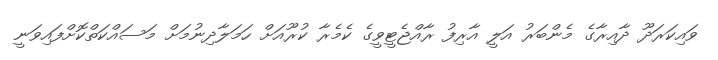
ވައިކަރަދޫ ދާއިރާގެ މެންބަރު އަލީ އާރިފު ރާއްޖެޓީވީގެ ކެމެރާ ކުރޫއަށް ހަމަލާދިނުމަށް މަސައްކަތްކޮށްފައިވަނީ